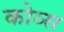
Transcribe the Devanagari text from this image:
कोव्स